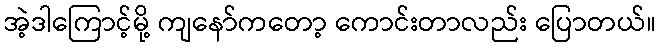
အဲ့ဒါကြောင့်မို့ ကျနော်ကတော့ ကောင်းတာလည်း ပြောတယ်။